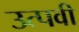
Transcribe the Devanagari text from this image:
उत्पवी